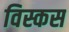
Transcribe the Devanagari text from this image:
विस्कस